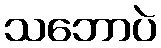
သဘောပဲ